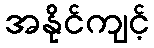
အနိုင်ကျင့်